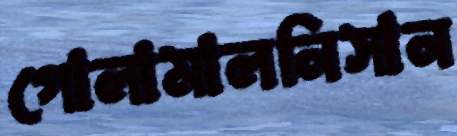
গোলামালনিসান